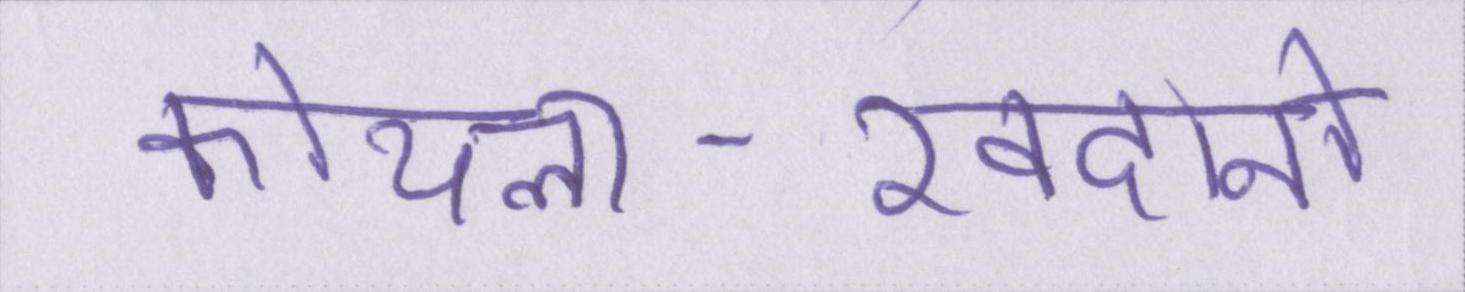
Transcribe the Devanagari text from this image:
कोयला-खदानों